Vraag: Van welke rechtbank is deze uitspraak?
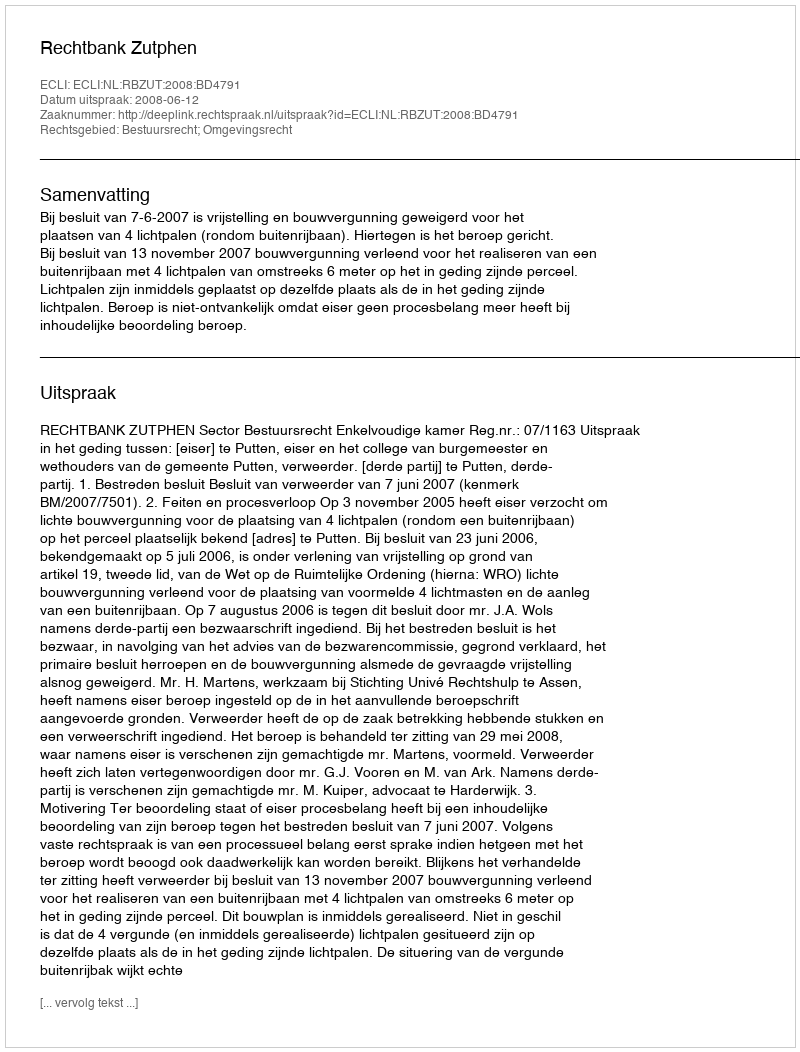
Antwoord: Rechtbank Zutphen